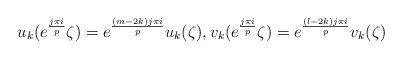
LaTeX: \begin{gather*}u_k(e^{\frac{j\pi i}{p}} \zeta )=e^{\frac{(m-2k)j\pi i}{p}}u_k(\zeta),v_k(e^{\frac{j\pi i}{p}} \zeta )=e^{\frac{(l-2k)j\pi i}{p}} v_k(\zeta)\end{gather*}